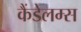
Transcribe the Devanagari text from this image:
कैंडेलम्स